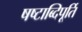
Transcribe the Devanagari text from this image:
षष्टाब्दिपूर्ति